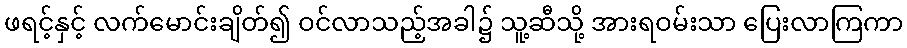
ဖရင့်နှင့် လက်မောင်းချိတ်၍ ဝင်လာသည့်အခါ၌ သူ့ဆီသို့ အားရဝမ်းသာ ပြေးလာကြကာ